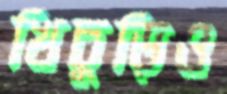
খিচুড়িও